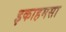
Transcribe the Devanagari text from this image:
इकाहमसा